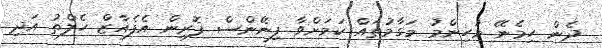
ދެން ހިމެނޭ މުހިންމު މަގާމުތައް ކަމަށްވާ ފިނޭންސް ފޮރިން އެފެއާޒް ހެލްތު އަދި